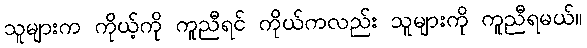
သူများက ကိုယ့်ကို ကူညီရင် ကိုယ်ကလည်း သူများကို ကူညီရမယ်။